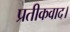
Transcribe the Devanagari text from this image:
प्रतीकवाद।